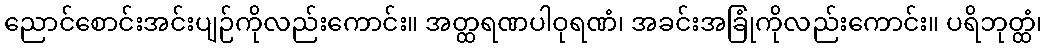
ညောင်စောင်းအင်းပျဉ်ကိုလည်းကောင်း။ အတ္ထရဏပါဝုရဏံ၊ အခင်းအခြုံကိုလည်းကောင်း။ ပရိဘုတ္ထံ၊